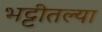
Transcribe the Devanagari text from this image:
भट्टीतल्या